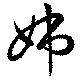
姉